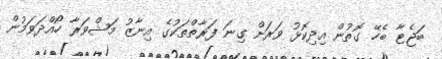
ބަޖެޓާ ބެހޭ ގޮތުން އިދިކޮޅު ވަރަށް ގިނަ ފަރާތްތަކުގެ އިނާޒު މަޝްވަރާ ހޯއްދަވަމުން